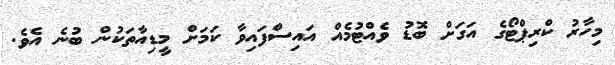
މިހާރު ކްރިޕްޓޯގެ އަގަށް ބޮޑު ވެއްޓުމެއް އައިސްފައިވާ ކަމަށް މީޑިއާތަކުން ބުނެ އެވެ.